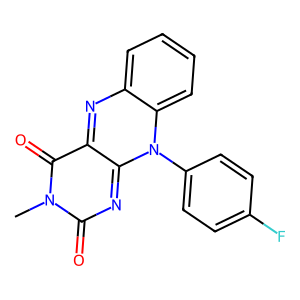
SMILES: Cn1c(=O)nc2n(-c3ccc(F)cc3)c3ccccc3nc-2c1=O
Inhibits HIV replication: No